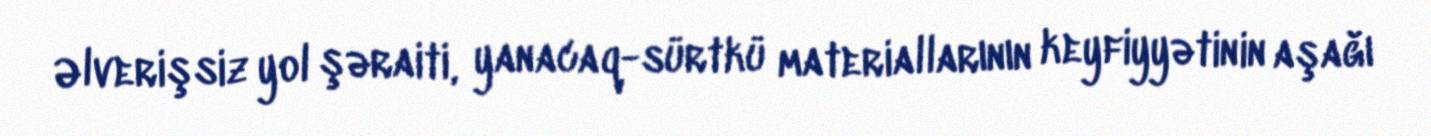
Əlverişsiz yol şəraiti, yanacaq-sürtkü materiallarının keyfiyyətinin aşağı